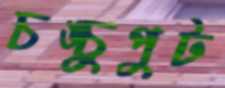
চঙ্চুপুট